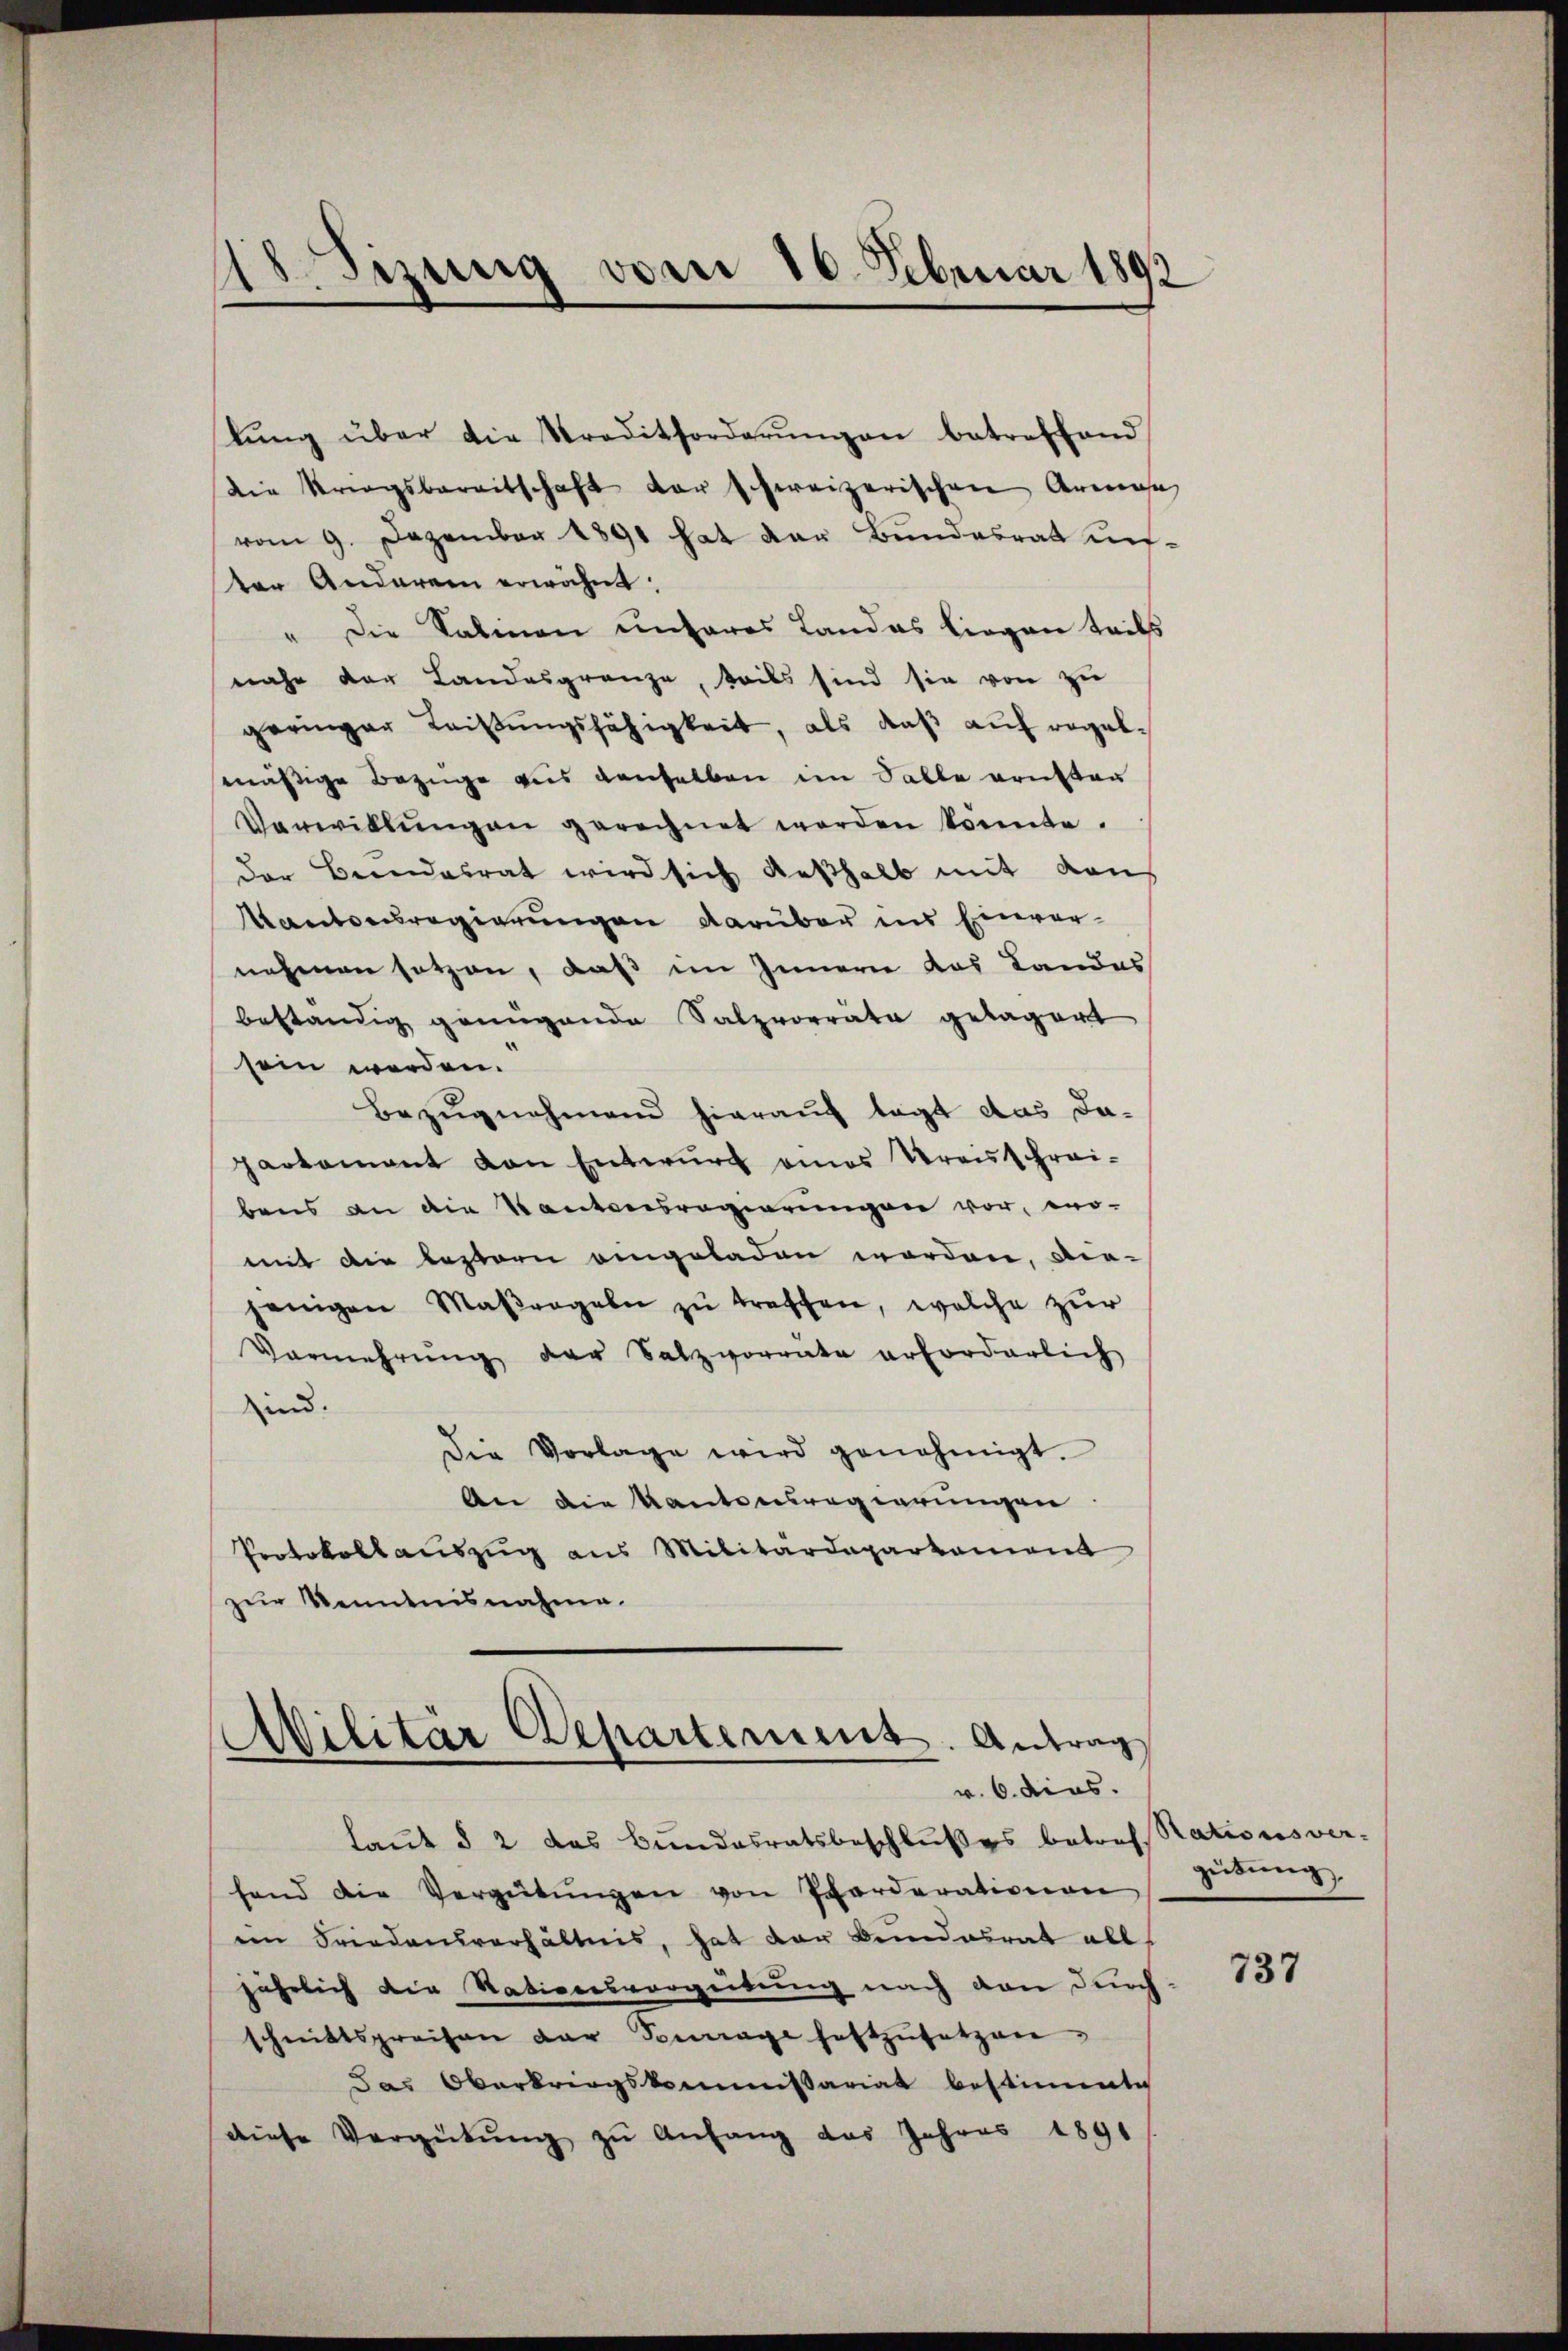
lŭng über die Traditforderŭngen betreffend
die Kriegsbereitschaft der schweizerischen Armen
vom 9. Dezember 1891 hat der Bundesrath unter Anderem erwähnt:
" Die Salinen unteres Landas liegen teils
nahe der Landesgrenze, teils sind sie von zu
geringer Leistungsfähigkeit, als daß auf regelmässige Bezüge aus denselben im Salle dritten
Verwillŭngen gerechnet werden konnte.
der Beendesrat wird sich deßhalb mit den
Mantverregierungen darüber ins Einvernehmen setzen, daß im Innern das Landes
beständig genügende Salzvorräte gelagert
sein werden.
Bezŭgnahmend hierauf tagt das da-
parkament von Entwurf eines Kreisschrei-
bens an die Kantonsregierungen vor, wo-
mit die bestern eingeladen worden, ver-
jenigen Maßregeln zu treffen, welche zur
Vermehrŭng der Salzvorrate erforderlich
sind.
Die Vorlage wird genehmigt.
An die Kantonsregierungen
Protokollauszug aus Militärdepartament
zur Kenntnisnahme.

18Sizung vom 10. Februar 1892

Militär Departement. Antrag
v. 6. dies

laut § 2 das Bundesratsbeschlußes betref-
fend die Vergütŭngen von Pforderationen
eim Friedensverhältnis, hat der Bundesrat all
jährlich die Nationsvorgeidung nach den durchschnittspreisen der Tourage haftzŭsetzen,
das Oberkriegskommißariat bestimmte
diese Vergütŭng zu Anfang des Jahres 1891

Stationsver-
zeitung

737